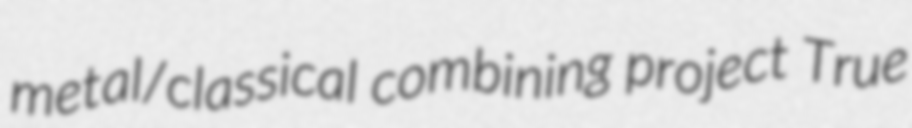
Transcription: metal/classical combining project True